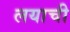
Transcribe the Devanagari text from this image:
लयाची